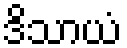
ဒိသာယံ